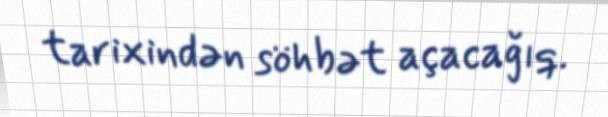
tarixindən söhbət açacağıq.